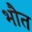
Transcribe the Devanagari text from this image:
भौत